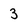
Character: 3